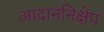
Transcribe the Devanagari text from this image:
आदाननिक्षेप